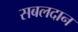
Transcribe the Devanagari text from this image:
सबलदान